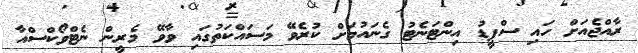
ރާއްޖެއަށް ހައި ސްޕީޑު އިންޓަނެޓު ގެނައުމަށް ކުރެވޭ މަސައްކަތުގައި ވާވޭ މެރީން ނެޓްވޯކްސްއާ